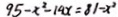
9 5 - x ^ { 2 } - 1 9 x = 8 1 - x ^ { 2 }